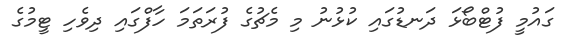
ގައުމީ ފުޓްބޯޅަ ދަނޑުގައި ކުޅުނު މި މެޗުގެ ފުރަތަމަ ހާފްގައި ދިވެހި ޓީމުގެ